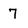
Character: 7